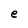
Character: e